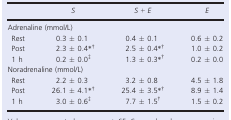
|  | S | S + E | E |
 | --- | --- | --- | --- |
 | <COLSPAN=4> Adrenaline (mmol/L) |
 | Rest | 0.3 ± 0.1 | 0.4 ± 0.1 | 0.6 ± 0.2 |
 | Post | 2.3 ± 0.4a, b | 2.5 ± 0.4a, b | 1.0 ± 0.2 |
 | 1 h | 0.2 ± 0.0c | 1.3 ± 0.3a, b | 0.2 ± 0.0 |
 | <COLSPAN=4> Noradrenaline (mmol/L) |
 | Rest | 2.2 ± 0.3 | 3.2 ± 0.8 | 4.5 ± 1.8 |
 | Post | 26.1 ± 4.1a, b | 25.4 ± 3.5a, b | 8.9 ± 1.4 |
 | 1 h | 3.0 ± 0.6c | 7.7 ± 1.5b | 1.5 ± 0.2 |